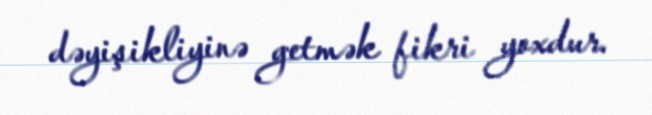
dəyişikliyinə getmək fikri yoxdur.